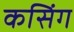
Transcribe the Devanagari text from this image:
कसिंग